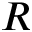
R